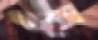
টুনে